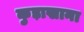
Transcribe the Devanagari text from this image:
कुड़ाखाना